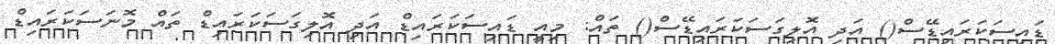
ޑައިސަކަރައިޑޭސް() އަދި އޮލިގަސަކަރައިޑޭސް() ތައް: މިއީ ޑައިސަކަރައިޑް އަދި އޮލިގަސަކަރައިޑް ތައް މޮނަސަކަރައިޑް